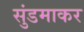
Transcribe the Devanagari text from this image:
सुंडमाकर